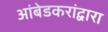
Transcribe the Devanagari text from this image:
आंबेडकरांद्वारा